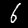
Digit: 6